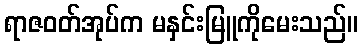
ရာဇဝတ်အုပ်က မနှင်းမြူကိုမေးသည်။